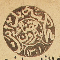
محكمة بدايت قضاء بترون ١٣٠١